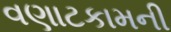
વણાટકામની